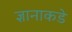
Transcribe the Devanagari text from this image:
ज्ञानाकडे